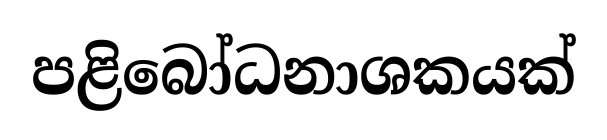
පළිබෝධනාශකයක්